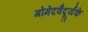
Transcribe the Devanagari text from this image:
गोमेदवैदूर्यके